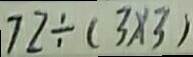
7 2 \div ( 3 \times 3 )